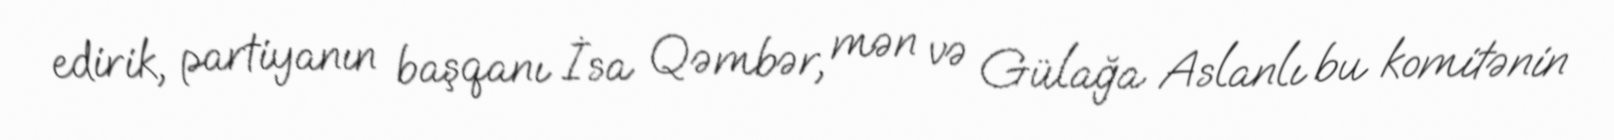
edirik, partiyanın başqanı İsa Qəmbər, mən və Gülağa Aslanlı bu komitənin